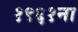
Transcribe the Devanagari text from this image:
१९६१ना